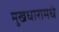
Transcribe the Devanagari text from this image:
मुखधारामधे